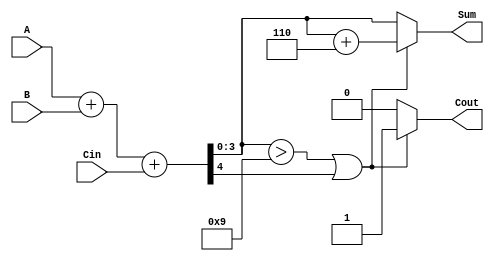
module BCD_Adder (
    input  [3:0] A,      // First BCD digit
    input  [3:0] B,      // Second BCD digit
    input        Cin,     // Carry-in
    output reg [3:0] Sum, // BCD Sum output
    output reg Cout       // Carry-out
);

    wire [4:0] temp_sum; // 5-bit sum to accommodate carry
    wire correction_needed; // Flag for correction

    // Step 1: Perform the addition of A, B, and Cin
    assign temp_sum = A + B + Cin;

    // Step 2: Check if correction is needed
    assign correction_needed = (temp_sum[3:0] > 4'b1001) || temp_sum[4];

    // Step 3: Generate the final output
    always @(*) begin
        if (correction_needed) begin
            // If correction is needed, add 6 (0110)
            Sum = temp_sum[3:0] + 4'b0110;
            Cout = 1; // Set carry-out
        end else begin
            Sum = temp_sum[3:0]; // No correction needed
            Cout = 0; // No carry-out
        end
    end

endmodule